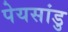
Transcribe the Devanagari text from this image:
पेयसांडु